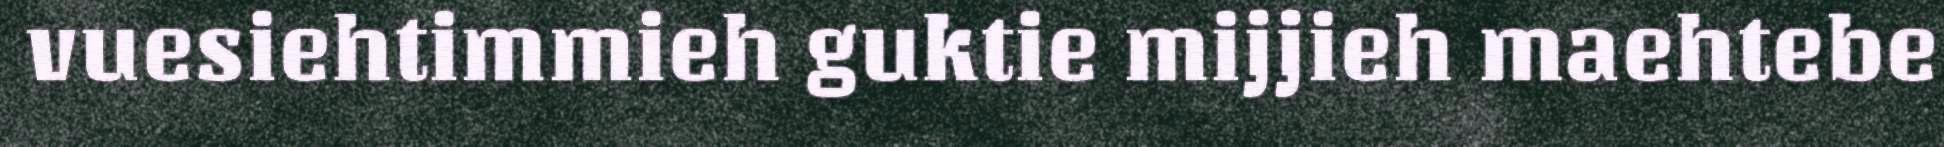
vuesiehtimmieh guktie mijjieh maehtebe